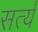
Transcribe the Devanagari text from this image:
सर्त्य